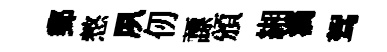
郵憗夙仞謤頒緗滴驾